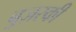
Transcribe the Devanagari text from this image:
बुज़स्की